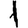
Digit: 1